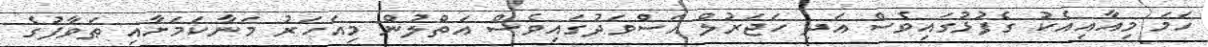
ހަމަ މިއާއިއެކު ގެފުޅުގައިވެސް އަދި ހަޖަރުލް އަސްވަދުގައިވެސް އަތްލުން މިއަހަރު މަނާކަމަށާއި ޠަވާފުގެ